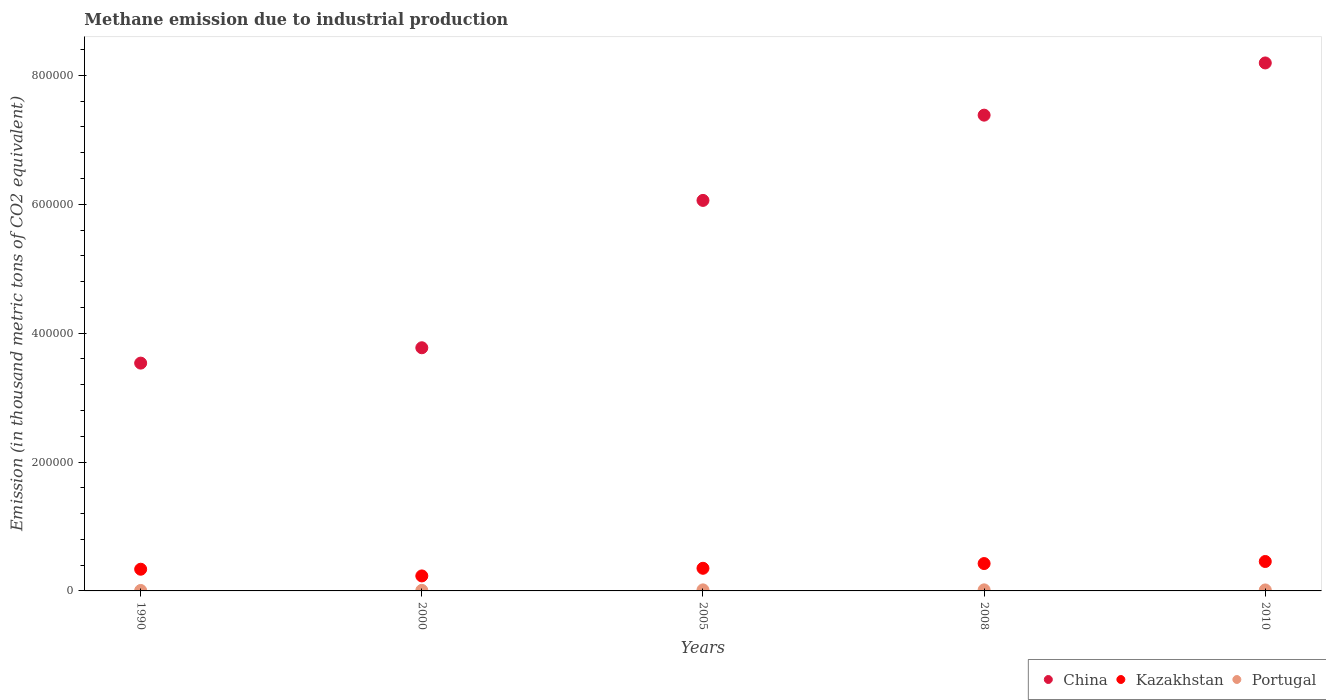
| Years | China | Kazakhstan | Portugal |
 | --- | --- | --- | --- |
 | 1990 | 3.54e+05 | 3.37e+04 | 709 |
 | 2000 | 3.77e+05 | 2.33e+04 | 910 |
 | 2005 | 6.06e+05 | 3.51e+04 | 1.62e+03 |
 | 2008 | 7.38e+05 | 4.25e+04 | 1.65e+03 |
 | 2010 | 8.19e+05 | 4.57e+04 | 1.51e+03 |